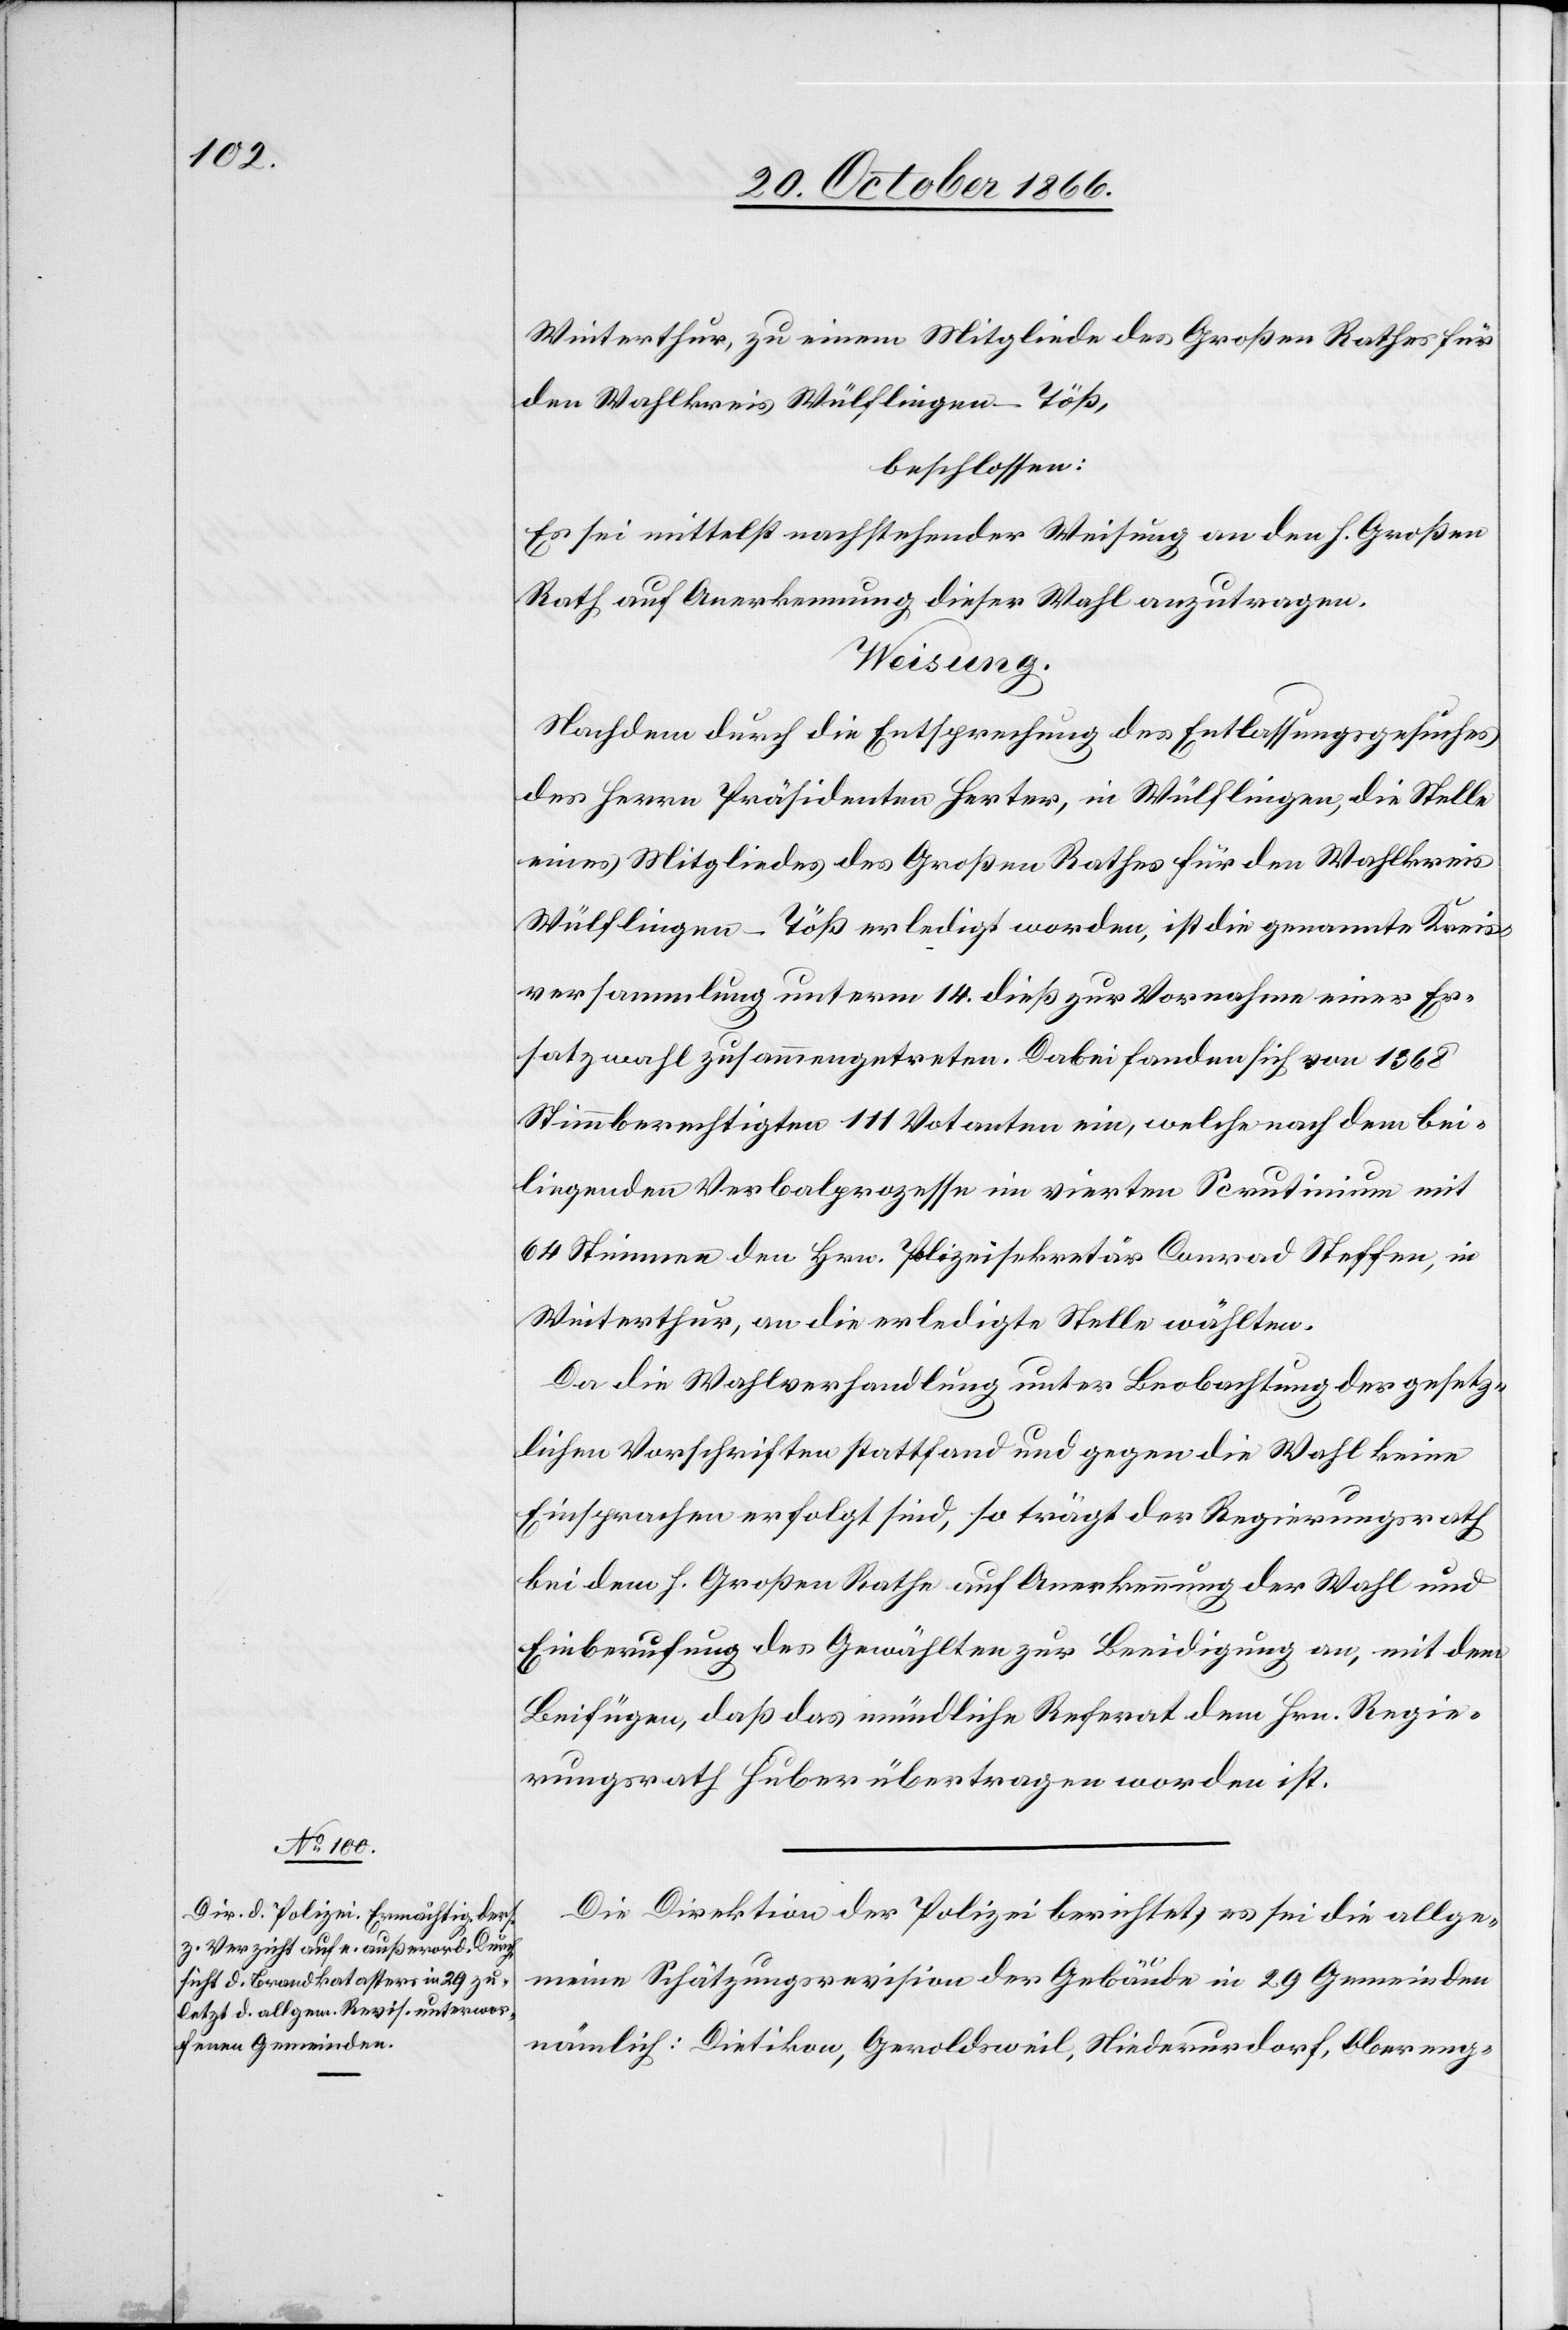
Winterthur, zu einem Mitgliede des Großen Rathes für
den Wahlkreis Wülflingen-Töß,
beschlossen:
Es sei mittelst nachstehender Weisung an den h. Großen
Rath auf Anerkennung dieser Wahl anzutragen.
Weisung.
Nachdem durch die Entsprechung des Entlassungsgesuches
des Herrn Präsidenten Herter, in Wülflingen, die Stelle
eines Mitgliedes des Großen Rathes für den Wahlkreis
Wülflingen-Töß erledigt worden, ist die genannte Kreis¬
versammlung unterm 14. dieß zur Vornahme einer Er¬
satzwahl zusammengetreten. Dabei fanden sich von 1368
Stimmberechtigten 111 Votanten ein, welche nach dem bei¬
liegenden Verbalprozesse im vierten Scrutinium mit
64 Stimmen den Hrn. Polizeisekretär Conrad Steffen, in
Winterthur, an die erledigte Stelle wählten.
Da die Wahlverhandlung unter Beobachtung der gesetz¬
lichen Vorschriften stattfand und gegen die Wahl keine
Einsprachen erfolgt sind, so trägt der Regierungsrath
bei dem h. Großen Rathe auf Anerkennung der Wahl und
Einberufung des Gewählten zur Beeidigung an, mit dem
Beifügen, daß das mündliche Referat dem Hrn. Regie¬
rungsrath Huber übertragen worden ist.
Die Direktion der Polizei berichtet, es sei die allge¬
meine Schätzungsrevision der Gebäude in 29 Gemeinden
nämlich: Dietikon, Geroldsweil, Niederurdorf, Obereng-